Document type: Grant of rights
Year: 1280
Scribe: Pere Marc
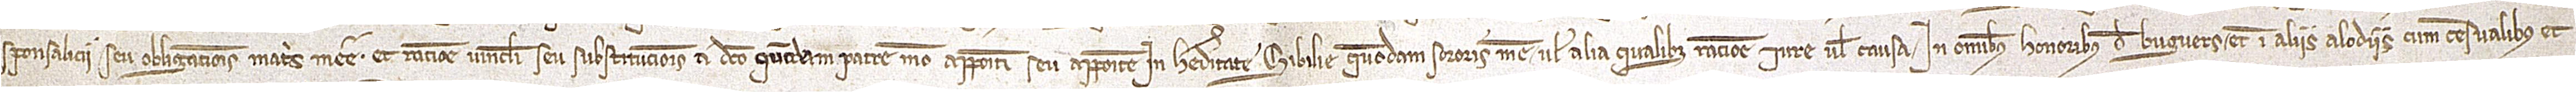
sponsalicii seu obligationis matris mee, et ratione vinculi seu substitucionis a dicto quondam patre meo appositi seu apposite, in hereditate Sibilie, quondam, sororis mee, vel alia qualibet ratione, iure vel causa, in omnibus honoribus de Buguers et in aliis alodiis cum censualibus et